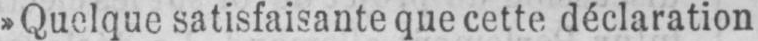
»Quelque satisfaisante que cette déclaration